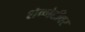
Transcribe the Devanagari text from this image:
शेकोटीवर